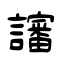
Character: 讅